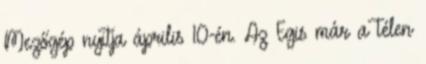
Mezőgép nyitja április 10-én. Az Egis már a télen